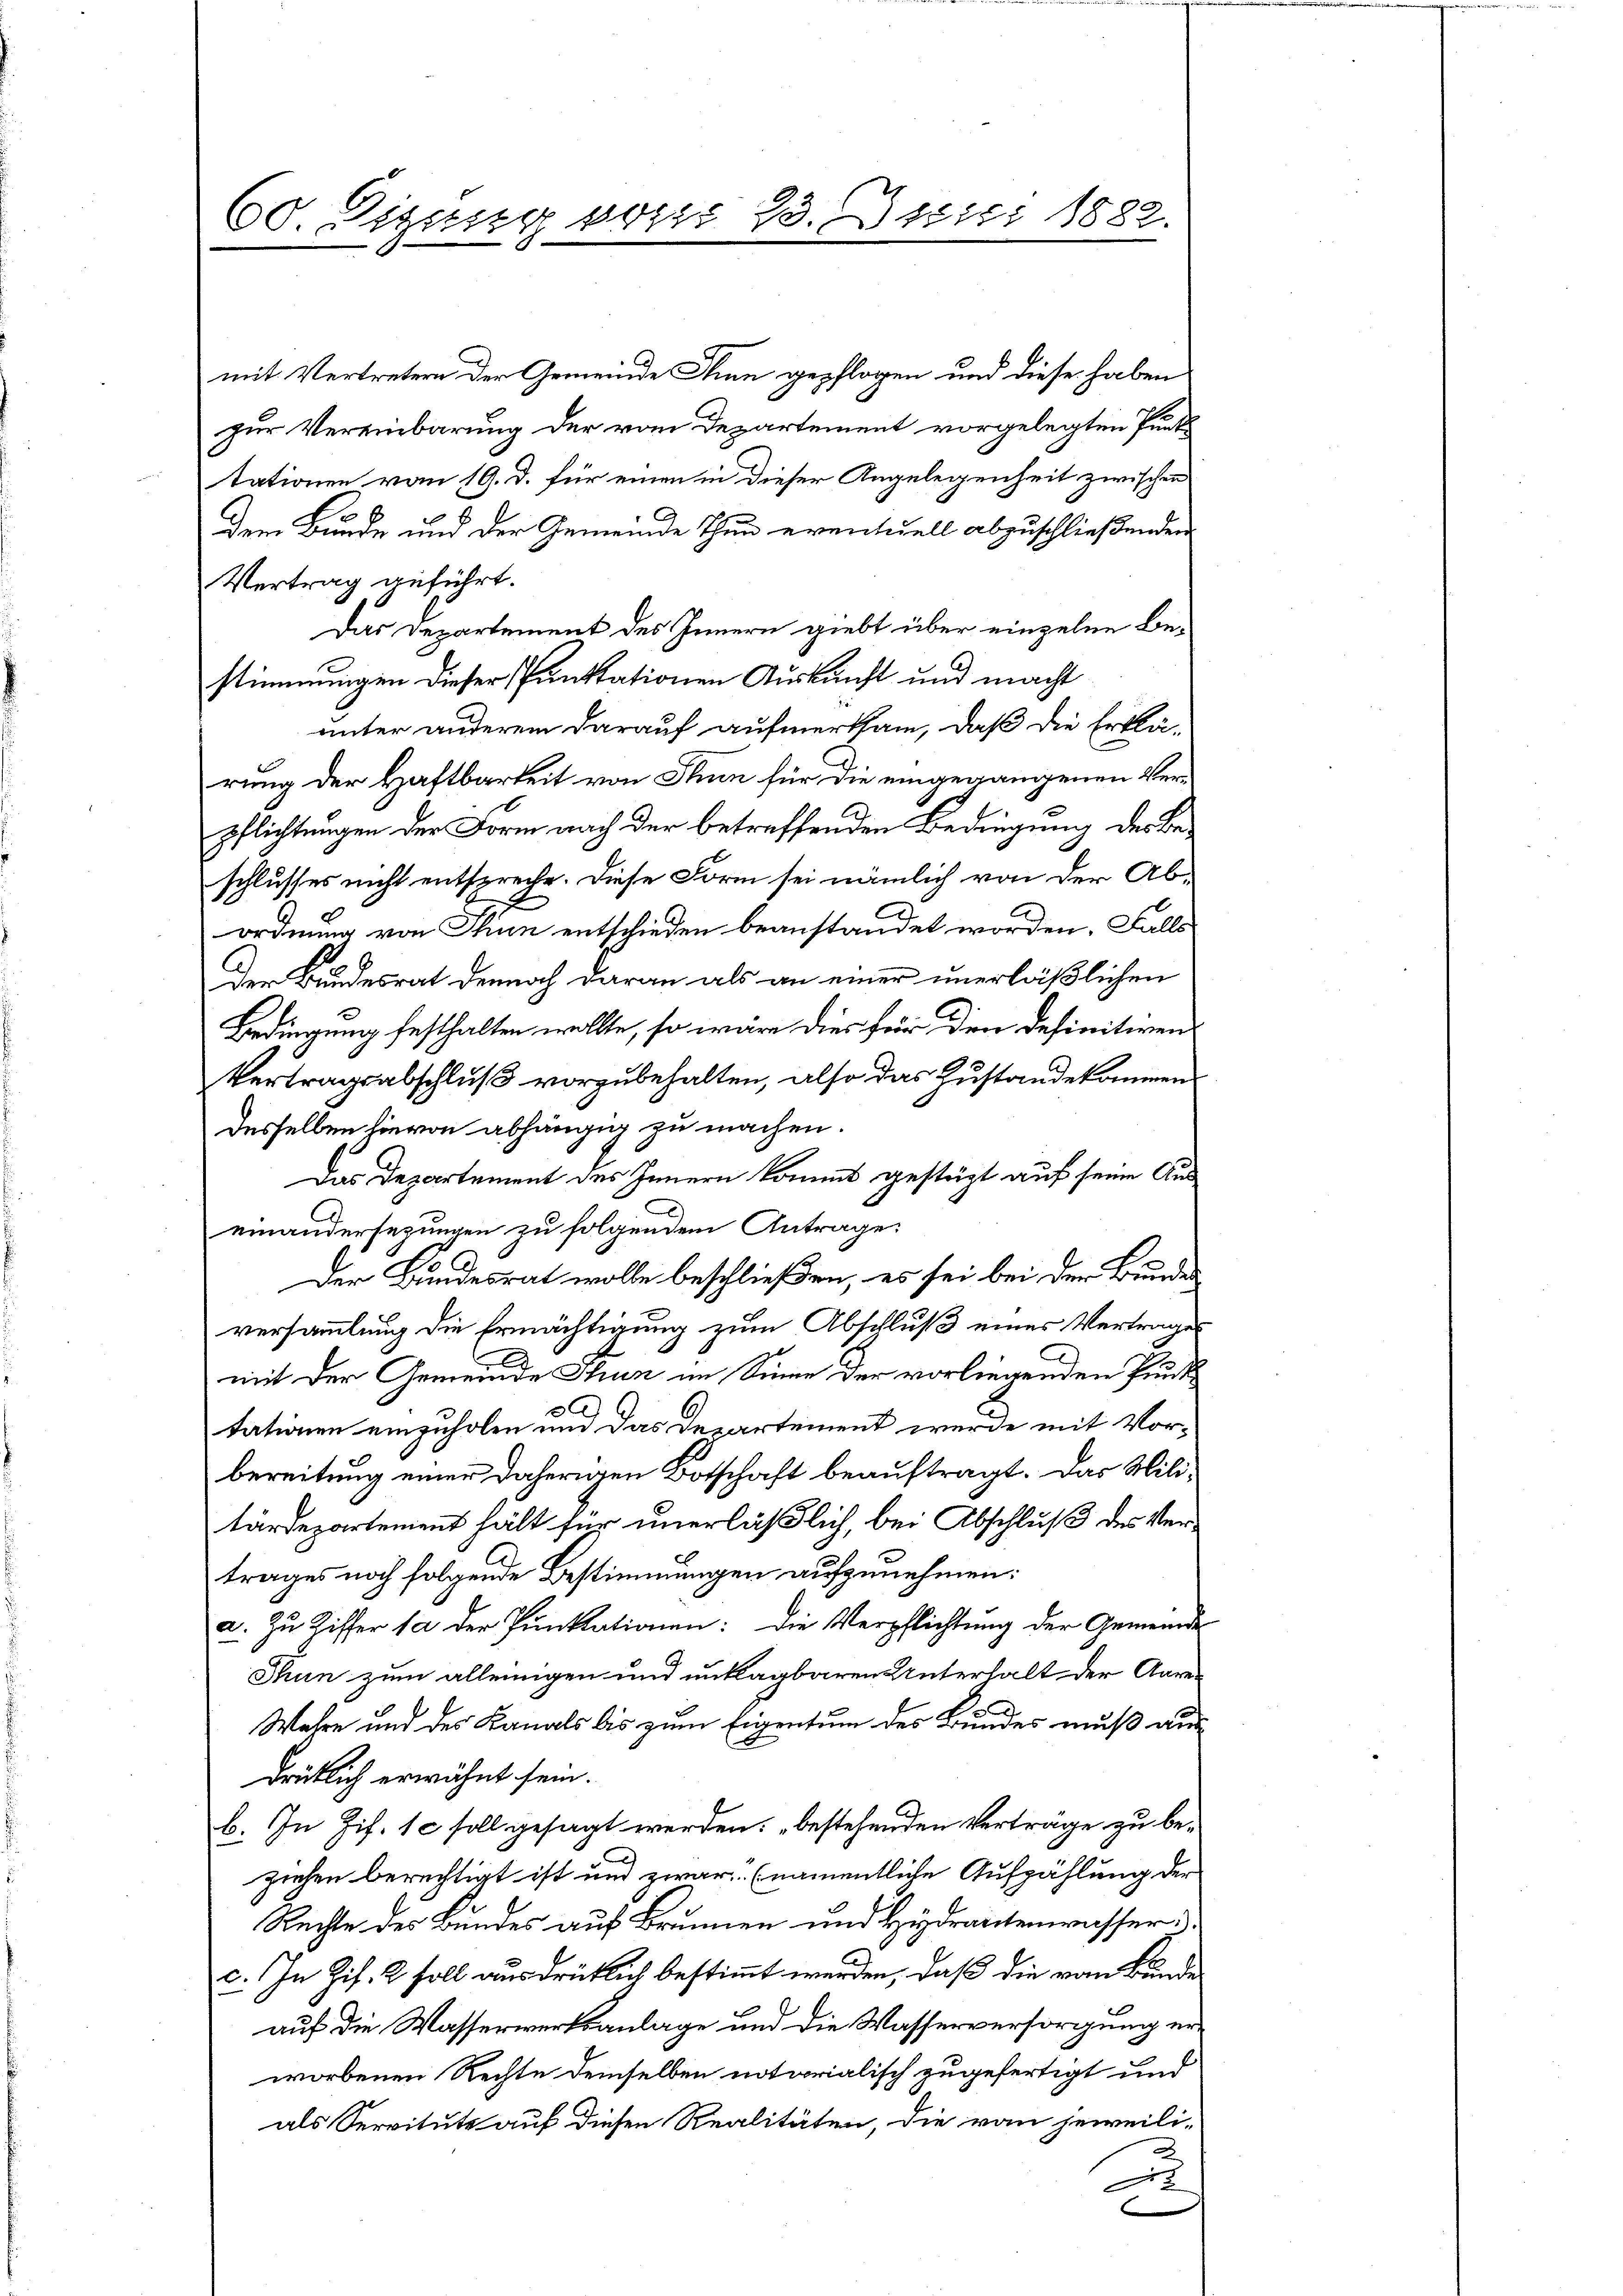
60. Digung von 13. Juni 1882.
.

mit Vertretern der Gemeinde Thun gepflogen und diese haben
zur Vereinbarung der vom Departement vorgelegten Punktationen vom 19. d. für einen in dieser Angelegenheit zwischen
Dem Bunde und der Gemeinde Thun eventuell abzuschließenden
Vertrag anführt.
Das Departement des Innern giebt über einzelne Bestimmungen dieser Punktationen Auskunft und macht
unter anderem darauf aufmerksam, daß die Erklärung der Haftbarkeit von Thun für die eingegangenen Verpflichtungen der Form nach der betreffenden Bedingung des Beschlusses nicht entspreche. Diese Form sei nämlich von der Ab-
ordnung von Thun entschieden beanstandet worden, Falle
Der Bundesrat dennoch daran als an einer unerläßlichen
Bedingung festhalten wollte, so wäre dies für den definitiven
Vertragsabschluß vorzubehalten, also das Zustandekommen
desselben hievon abhängig zu machen.
Das Departement des Innern kommt gestügt auf seine Auseinandersezungen zu folgendem Antrage:
Der Bundesrat wolle beschließen, es sei bei der Brund-
versammlung die Ermächtigung zum Abschluß eines Vertrages
mit der Gemeinde Thun im Sinne der vorliegenden Punktationen einzuholen und das Departement werde mit Vorbereitung einer daherigen Botschaft beauftragt. Das Militärdepartement hält für unerläßlich, bei Abschluß des Vertrages noch folgende Bestimmungen aufzunehmen:
a. Zu Ziffer sa der Punktationen: Die Verpflichtung der Gemeinde
Thun zum alleinigen und unklagbaren Unterhalt der Aare¬
Wahre und des Kanals bis zum Eigentum des Bundes muß aus
drüklich erwähnt sein.
b. In Zif. 1 soll gesagt werden, bestehenden Verträge zu beziehen berechtigt ist und zwar (namentliche Aufzählung der
Rechte des Bundes auf Brunnen und Hydrantenwasser
c. In Zif. 2 soll ausdrüklich bestimmt werden, daß die vom Bunde
auf die Wasserwerksanlage und die Wasserversorgung erworbenen Rechte demselben notarialisch zugefertigt und
als Servituts auf diesen Realitäten, die von jeweili-
u